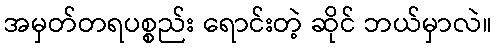
အမှတ်တရပစ္စည်း ရောင်းတဲ့ ဆိုင် ဘယ်မှာလဲ။